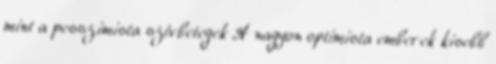
mint a pesszimista szívbetegek A nagyon optimista emberek kisebb